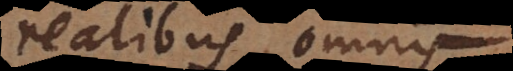
realibus, omnis